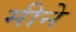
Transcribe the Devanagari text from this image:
मीने